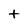
Character: t